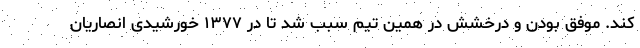
کند. موفق بودن و درخشش در همین تیم سبب شد تا در ۱۳۷۷ خورشیدی انصاریان